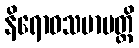
နိရောဓသမာပတ္တိ